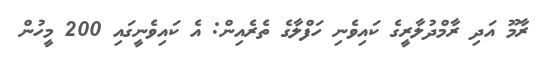
ރާމޫ އަދި ރާމްދުލާރީގެ ކައިވެނި ހަފްލާގެ ތެރެެއިން: އެ ކައިވެނީގައި 200 މީހުން